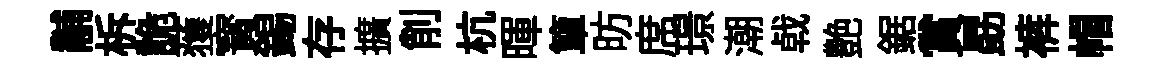
黼柝詭𫉬寳錫存擴削杭暉簞昉席璟潮㦸艶鋸賞勗裤帽